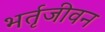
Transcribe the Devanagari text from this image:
भर्तृजीवन